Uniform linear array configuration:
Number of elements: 8
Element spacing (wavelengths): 0.75
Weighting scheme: hamming
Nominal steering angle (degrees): -30
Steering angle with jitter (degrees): -31.998
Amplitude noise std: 0.05
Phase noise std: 0.05

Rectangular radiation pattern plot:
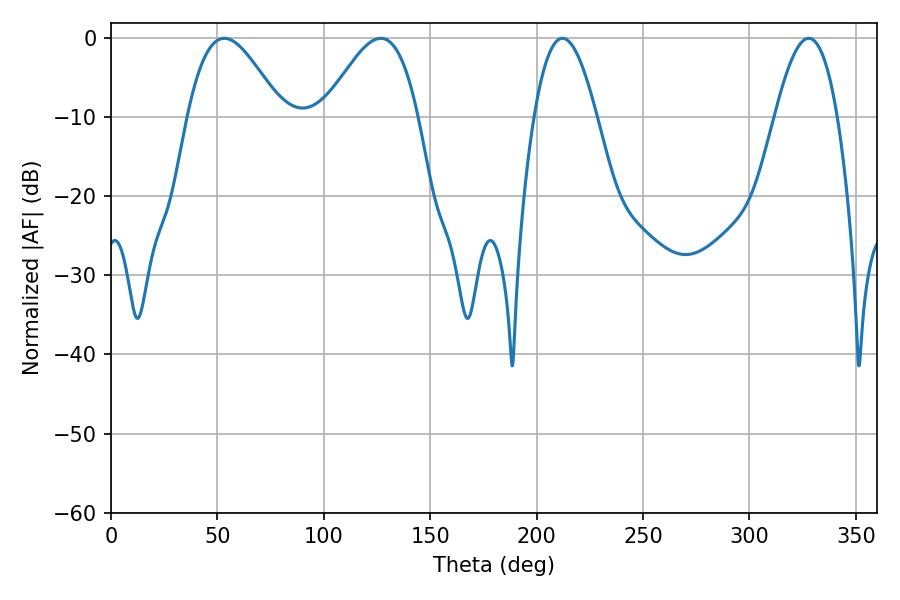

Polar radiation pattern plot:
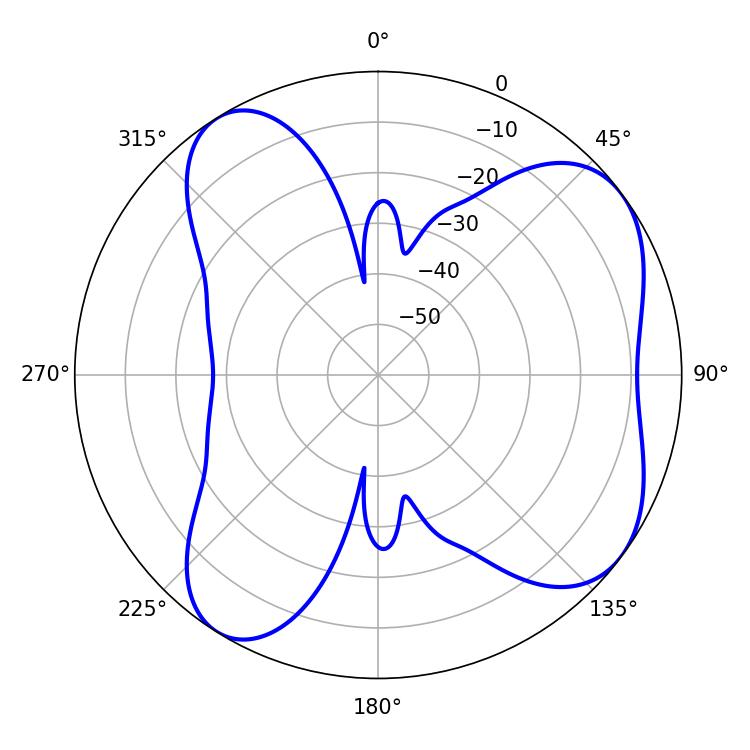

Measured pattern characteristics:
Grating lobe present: TRUE
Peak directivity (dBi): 6.526
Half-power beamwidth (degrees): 23.76
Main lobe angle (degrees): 53.28